Annual report of the Madras Medical College
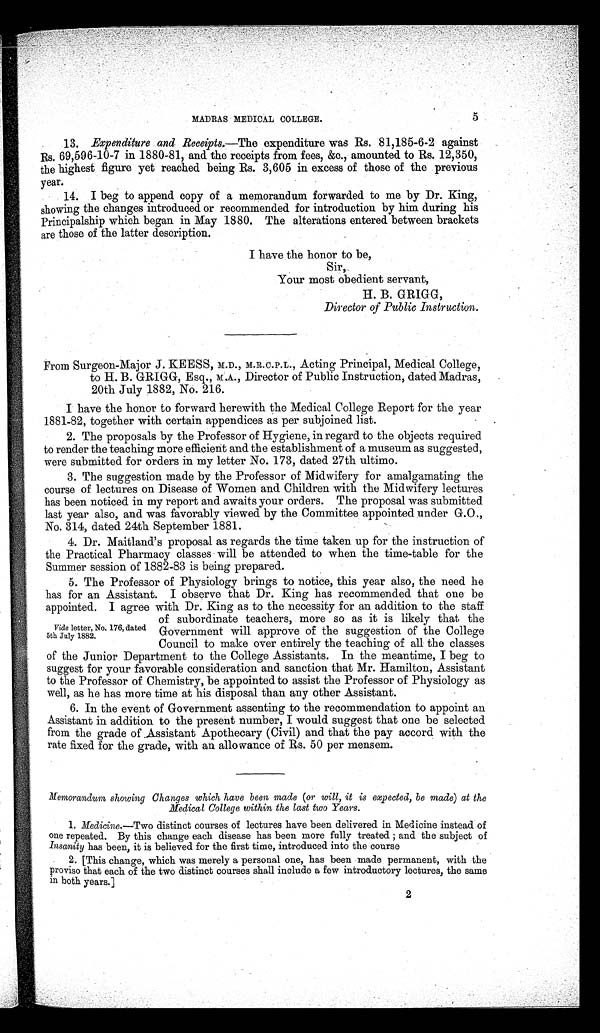
MADRAS MEDICAL COLLEGE.
5
13. Expenditure and Receipts.—The expenditure was Rs. 81,185-6-2 against
Rs. 69,596-10-7 in 1880-81, and the receipts from fees, &c., amounted to Rs. 12,350,
the highest figure yet reached being Rs. 3,605 in excess of those of the previous
year.
14. I beg to append copy of a memorandum forwarded to me by Dr. King,
showing the changes introduced or recommended for introduction by him during his
Principalship which began in May 1880. The alterations entered between brackets
are those of the latter description.
I have the honor to be,
Sir,
Your most obedient servant,
H. B. GRIGG,
Director of Public Instruction.
From Surgeon-Major J. KEESS, M.D., M.R.C.P.L., Acting Principal, Medical College,
to H. B. GRIGG, Esq., M.A.., Director of Public Instruction, dated Madras,
20th July 1882, No. 216.
I have the honor to forward herewith the Medical College Report for the year
1881-82, together with certain appendices as per subjoined list.
2. The proposals by the Professor of Hygiene, in regard to the objects required
to render the teaching more efficient and the establishment of a museum as suggested,
were submitted for orders in my letter No. 173, dated 27th ultimo.
3. The suggestion made by the Professor of Midwifery for amalgamating the
course of lectures on Disease of Women and Children with the Midwifery lectures
has been noticed in my report and awaits your orders. The proposal was submitted
last year also, and was favorably viewed by the Committee appointed under G.O.,
No. 314, dated 24th September 1881.
4. Dr. Maitland's proposal as regards the time taken up for the instruction of
the Practical Pharmacy classes will be attended to when the time-table for the
Summer session of 1882-83 is being prepared.
5. The Professor of Physiology brings to notice, this year also, the need he
has for an Assistant. I observe that Dr. King has recommended that one be
appointed. I agree with Dr. King as to the necessity for an addition to the staff
of subordinate teachers, more so as it is likely that the
Government will approve of the suggestion of the College
Council to make over entirely the teaching of all the classes
of the Junior Department to the College Assistants. In the meantime, I beg to
suggest for your favorable consideration and sanction that Mr. Hamilton, Assistant
to the Professor of Chemistry, be appointed to assist the Professor of Physiology as
well, as he has more time at his disposal than any other Assistant.
6. In the event of Government assenting to the recommendation to appoint an
Assistant in addition to the present number, I would suggest that one be selected
from the grade of Assistant Apothecary (Civil) and that the pay accord with the
rate fixed for the grade, with an allowance of Rs. 50 per mensem.
Memorandum showing Changes which have been made (or will, it is expected, be made) at the
Medicaid College within the last two Years.
1. Medicine.—Two distinct courses of lectures have been delivered in Medicine instead of
one repeated. By this change each disease has been more fully treated ; and the subject of
Insanity has been, it is believed for the first time, introduced into the course
2. [This change, which was merely a personal one, has been made permanent, with the
proviso that each of the two distinct courses shall include a few introductory lectures, the same
in both years.]
Vide letter, No. 176, dated
5th July 1882.
2